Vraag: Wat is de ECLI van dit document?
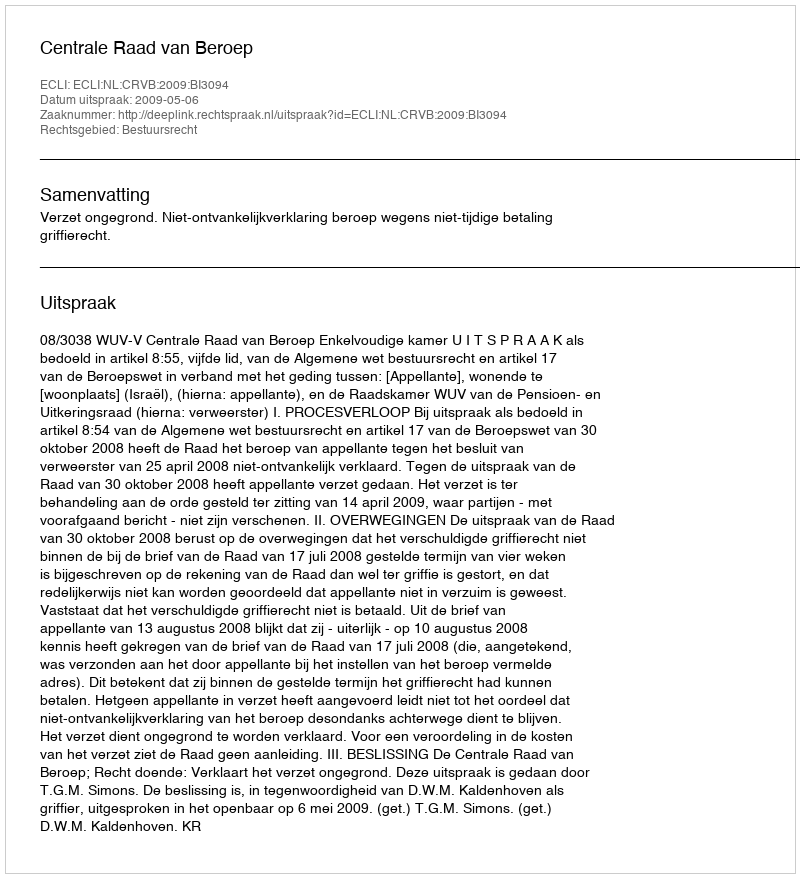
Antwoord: ECLI:NL:CRVB:2009:BI3094